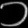
Digit: ၁